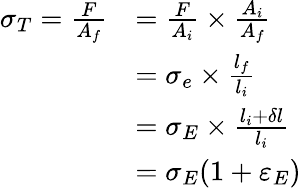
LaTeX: {\begin{array}{rl}{\sigma_{T}={\frac{F}{A_{f}}}}&{={\frac{F}{A_{i}}}\times{\frac{A_{i}}{A_{f}}}}\\ &{=\sigma_{e}\times{\frac{l_{f}}{l_{i}}}}\\ &{=\sigma_{E}\times{\frac{l_{i}+\delta l}{l_{i}}}}\\ &{=\sigma_{E}(1+\varepsilon_{E})}\end{array}}